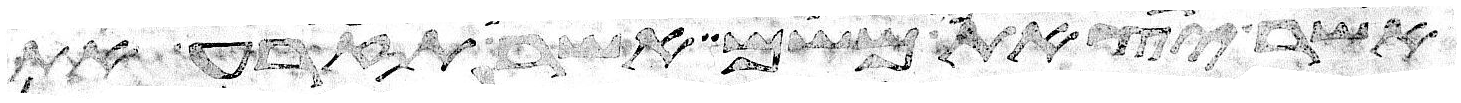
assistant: אשר יצאתם משם אשר תזרע את